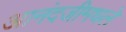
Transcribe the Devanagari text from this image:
आनंदजीमधले